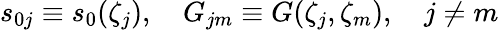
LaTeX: s_{0j}\equiv s_{0}(\zeta_{j}),\quad G_{jm}\equiv G(\zeta_{j},\zeta_{m}),\quad j\ne m